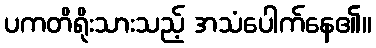
ပကတိရိုးသားသည့် အသံပေါက်နေ၏။